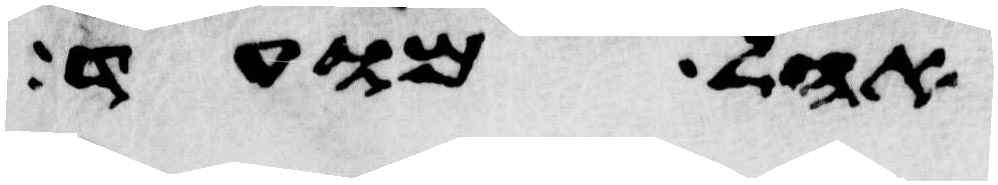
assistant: אהל מועד